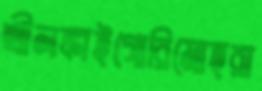
শ্রীলঙ্কাইগোরিমোহরা